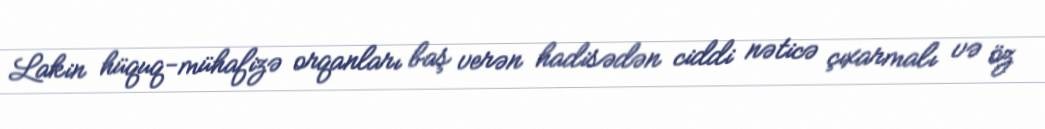
Lakin hüquq-mühafizə orqanları baş verən hadisədən ciddi nəticə çıxarmalı və öz